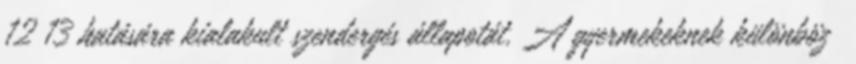
12 13 hatására kialakult szendergés állapotát. A gyermekeknek különbözı